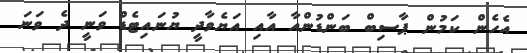
އެހެން ކަމުން ޕާސިބް ބަންޑުންއާ އާއި އަޔެވާދީ ޔުނައިޓެޑް ވަނީ ދެ ވަނަ